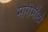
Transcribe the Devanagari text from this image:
मोरीमीटो